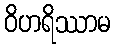
ဝိဟရိဿာမ